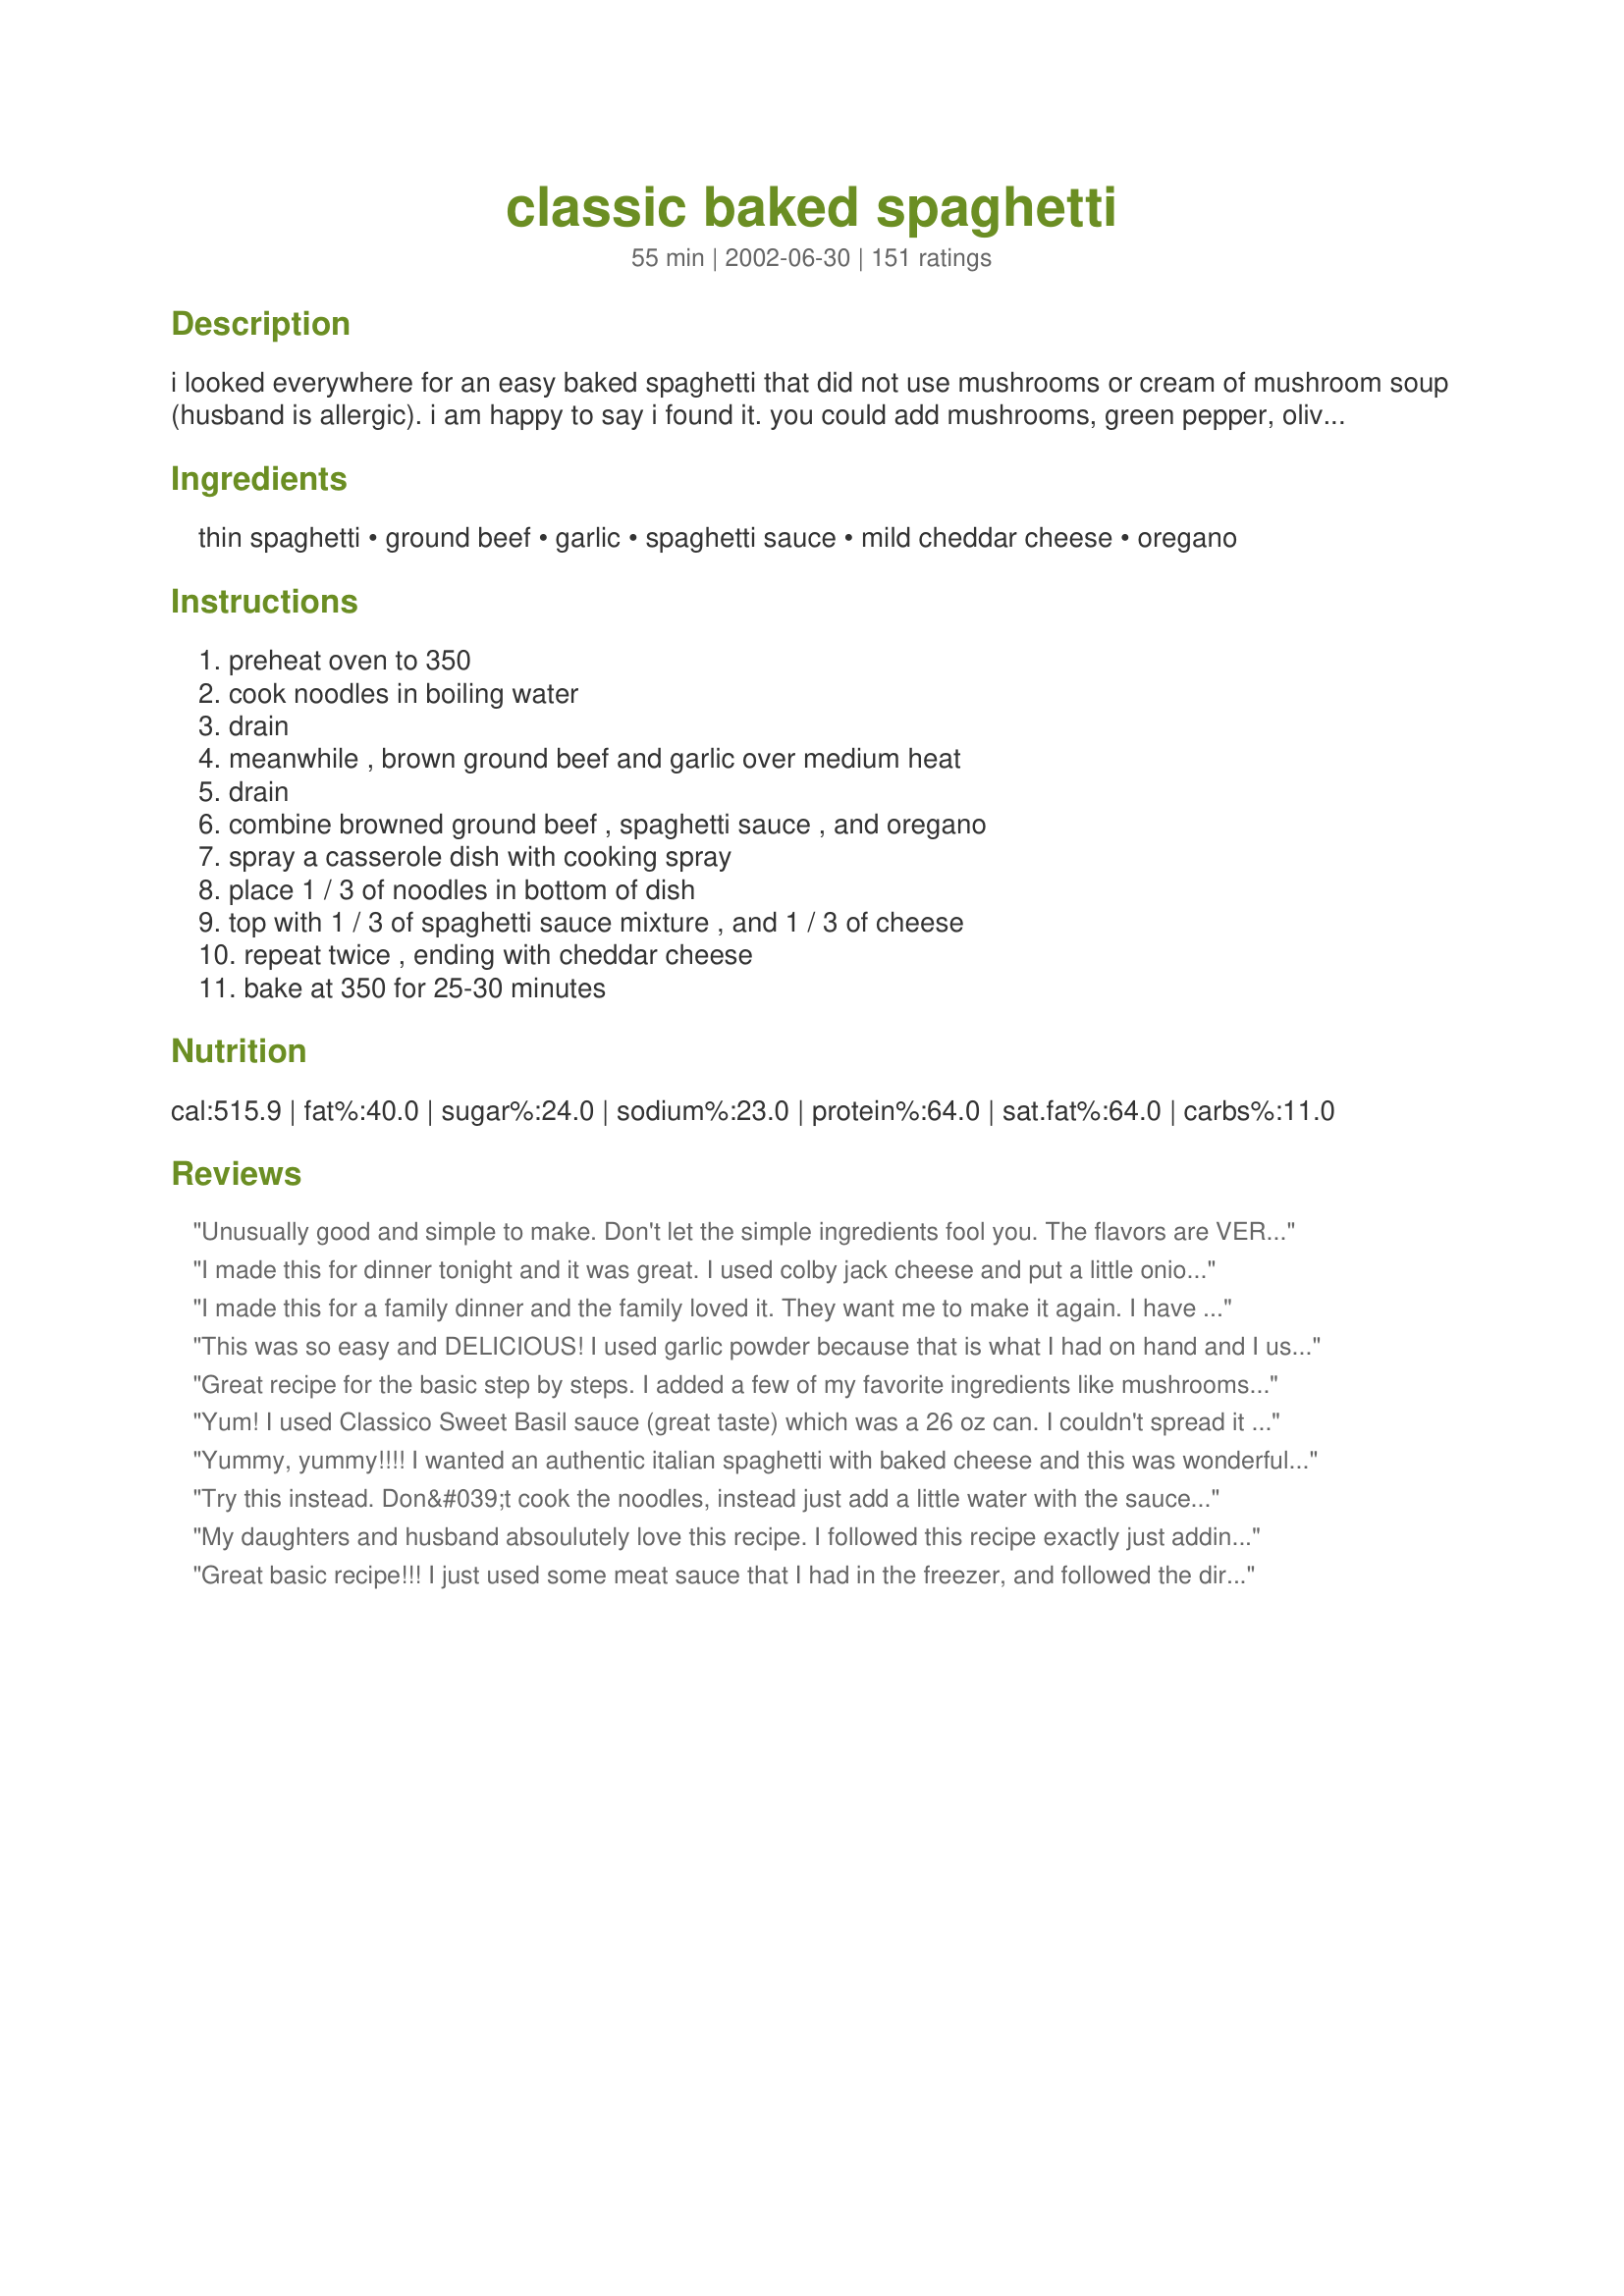
classic baked spaghetti
Preparation time: 55 minutes

i looked everywhere for an easy baked spaghetti that did not use mushrooms or cream of mushroom soup (husband is allergic). i am happy to say i found it. you could add mushrooms, green pepper, olives, etc. to this dish for added variety, but i like it just the way it is! this makes a great family meal...just add a tossed salad and some garlic bread, and dinner is ready in about an hour.

Ingredients:
thin spaghetti, ground beef, garlic, spaghetti sauce, mild cheddar cheese, oregano

Steps:
preheat oven to 350, cook noodles in boiling water, drain, meanwhile , brown ground beef and garlic over medium heat, drain, combine browned ground beef , spaghetti sauce , and oregano, spray a casserole dish with cooking spray, place 1 / 3 of noodles in bottom of dish, top with 1 / 3 of spaghetti sauce mixture , and 1 / 3 of cheese, repeat twice , ending with cheddar cheese, bake at 350 for 25-30 minutes

Reviews:
Unusually good and simple to make. Don't let the simple ingredients fool you. The flavors are VERY satisfying, tasting much like a spaghetti with flavors that have married overnight. (You know spaghetti and lasagna always taste better the next day?) This is it without the wait! It must have something to do with the oven heat releasing moisture and the noodles soaking up the sauces. Follow directions and you will end up with a perfect batch of baked spaghetti, not too dry or too saucy. The next day however I noticed all the sauce is soaked up by the noodles. We enjoyed it all the same because we had a lovely tasty spaghetti pie that we cut into wedges. I think you can use discretion as to what cheeses you use. I happened to have velveeta. This is a great simple recipe. I promise! For the record I used Ragu traditional sauce, velveeta cheese (I know, but it was all I had!), and ground sirloin.
I made this for dinner tonight and it was great. I used colby jack cheese and put a little onion powder in hamburger meat. My Dh and I both thought it was worth 5 stars. Definately a keeper.
I made this for a family dinner and the family loved it. They want me to make it again. I have never made baked spaghetti and i found that this was easy.
This was so easy and DELICIOUS! I used garlic powder because that is what I had on hand and I used an italian 6 cheese blend and it was just FABULOUS!
Great recipe for the basic step by steps. I added a few of my favorite ingredients like mushrooms, a side of spinach, just a dash here or there. Thanks!
Yum! I used Classico Sweet Basil sauce (great taste) which was a 26 oz can. I couldn't spread it out enough all over the pasta. But when I ate it, it was the right amount of pasta/sauce/cheese. Thanks for the recipe!
Yummy, yummy!!!! I wanted an authentic italian spaghetti with baked cheese and this was wonderful...not too saucy, can vary the cheese to your favorite kind. I added some thick pepperoni also. GREAT. Served with jumbo shrimp parmesan #42169 by Marie and it was a supper dinner. Thank you!!!
Try this instead. Don&#039;t cook the noodles, instead just add a little water with the sauce each layer. Just add about 15-20 minutes to the time in the oven. If you boil the noodles, then cook them in the oven, you are over cooking the pasta and it will be bland. To spice it up, use ground pork sausage (hot or mild) instead of hamburger meat. The sauce is key too. Be sure to get something with a little pizzazz to it. Use some thyme and other Italian herbs as well as Italian cheese, in addition to the cheddar. If you have time, cook it low and slow (325 for an hour, instead of 350 for 40-45 minutes) Guarantee you will like these additions/changes to the recipe to make people rave about this dish in the future!
My daughters and husband absoulutely love this recipe. I followed this recipe exactly just adding extra cheese.

I also made it in advance and kept it in the fridge and then popped it in the oven. 

Thank you!!!!
Great basic recipe!!! I just used some meat sauce that I had in the freezer, and followed the directions from there...mmmmm good!!!
This is a very, very, good dish. My entire family enjoyed it. As I am not a fan of oregano, I substituted it with Italian seasoning. I will definitely make this dish again. Thanks, Angela, for sharing this recipe.
This is much closer to the classic recipe than any recipe with mushroom soup. I popped up the seasoning with Italian seasoning and red pepper flakes as well I tossed the spaghetti with about a 1/4 cup olive oil in which I had infused about 6 cloves garlic over very low heat and also used baby mozzarella balls to add nuggets of chewy cheese to the casserole.
Had everything I need at home to make this. Family loved it & had seconds. They have already been asking for it again. Served with salad & rolls. Great results for only having six pantry items. Thank you Angela.
Can I use mozzarella cheese? And add meatballs?
Absolutely delicious. It was easy, simple, fast and it didn't hold back on flavor a bit! The whole family loved it :) Thank you for sharing!
A very easy recipe to prepare and tasted good. Not sure what I was expecting, but didn't seem to have quite enough umph for us. Still a good base and a change of pace from regular spaghetti.

Thanks for posting!
Grat recipe! Thank you
We had this for dinner tonight. I can say so many good things about this recipe. I made it exactly as written, didn't change or add a thing. It was so easy to put together. The flavor was how spaghetti tastes the next day which is always better than the day you make it. I love this recipe and will make it often. Thanks, :)
This would get five stars for just the ease in which it comes together. Then the taste is super! I love that it did not take a lot of ricotta and did not add mushrooms (I would not mind but the kids detest them). I used a bit of cheddar and a bit of mozzerella as that is what I had on hand. Thanks for making my weeknight meal a breeze to put on the table. :)
Very good! Added extra garlic and extra cheese (used mozzarella). Heats up well. Definitely a keeper!!
This is pretty much the recipe that I make. The only thing I do different is I use mozzerella cheese on top.

i've never added the garlic or oregano before....but im going to have to now!!
So easy to make, with common ingredients. I didn't really know how cheddar would work with the other ingredients, but it turns out great. My entire family enjoyed it. Thanks for sharing!
I made this tinight for dinner. It was great! I only used a 1/2 lb. of ground beef and used cheddar and mozzarella. Other than those two changes, I made it exactly as posted. Both my ultra-picky 6 year old and my eat everything 3 year old snarfled it down and asked for more! This one is a definite keeper! Thanks! :)
Easy to make. I added some chopped broccoli, zucchini and onion to the boiling water also. I also added salt, pepper and turmeric. Liked by all, so that the whole 1-1/2 batch disappeared between 4 people! I think 1 batch (8 oz noodles) would not be enough for a family of 4. Only if not real hungry. :)
Thank you for sharing this recipe. I love the good-for-you spices that are in this dish. I do not cook with soups and my DH hates mushrooms, so this was perfect. I used 1/4 tsp. garlic powder as I didn't have any garlic on hand. I also added 1 TBS sugar to the sauce at DH's request. (I may add more sauce or less spaghetti next time.) I put it in the frig in the morning and baked it for our evening meal. Everything turned out very well. Thanks again. PS. Even better the next day...
use prego, you&#039;ll get a better result.
WOW!! This was delicious and quick! I followed the recipe exactly w/ a sprinkle of seasoning salt, but I dont think it wasn't necessary. I've made baked spaghetti before but the layereing effect like lasagna is a great idea. I will most def. be making this one again. Thanks AngelaTN. Yummm! :p
OMG was this ever Delicious!!!! I did not have oregano or cheddar cheese so I substituted italian seasonings and italian blend cheese, swiss cheese. tasted like a cross between spaghetti and lasagna!!! The flavors really seal in with oven cooking.
Looking for a recipe that was fast and easy for Basic Baked spaghetti and found it. I didn't want to use canned soup. This was good. I agree with another poster that it needs more sauce otherwise delicious. I made this twice. Once with ground beef and once with ground turkey and both were tasty. The dish depends on layering the cheese and also keeping it moist and saucy. I added another 12 ounces of sauce to it and it made a big difference. For those who need more seasoning add it. You can sub in Italian seasoning for the oregano to have other flavors and move it to One TABLESPOON as another poster suggested as well. Otherwise it is an easy, kid pleaser that takes minutes to make. Thanks for sharing AngelaTN! Enjoy ChefDLH
I have never before rated a recipe, but this one was so easy and so delicious. I had all the ingredients, and was looking for a comfort food for my husband who just had braces put on and is in quite a bit of pain. It was the first meal he had for over 4 days and he loved it. I will definitely make this again for kids, grandkids and also when a quick meal is needed for a neighbor in need. What a delight.
Was browsing the web, in hopes of refreshing my memory for the recipe, and this was the most similar..I use all things above, in addition to ricotta cheese in the layers. Also, I add a bit of salt and a bit of sugar(to cut that acidic taste)..It&#039;s MUY PERFECTO!
This was a wonderful alternative to classic Wednesday night spaghetti with meat sauce. My teenage son asked if we could have it again for dinner the next day! Added 2 things. While browning the meat and garlic, I added and sauteed an onion. Instead of Mild Cheddar, I used Colby and Monterey Jack because that's what I had :) Made with garlic bread. Delicious! Thanks, AngelaTN for posting!!!
Very good and simple. You can add whatever you like and spice it up to your liking. I added onions and olives to mine, topped it off with parm and pepperjack since I ran out of cheddar. I also used whole wheat spaghetti and 7% fat lean ground beef and my own healthy sauce. Very delicious, thanks!
Super easy to make. I even used leftover, frozen spaghetti. I added some onion and bell pepper to the ground beef as I like the flavor. Very good with very few ingredients.
Good; the only thing I want to note is that 1 tablespoon of oregano would have been WAAAY too much. As it was, I put in 1 tsp and I thought there was too much of an oregano flavor.
This is fantastic! Had this last night and it was so easy to throw together. Made no changes and am glad because it is a very tasty recipe as is!!
It was so simple to make and it turned out so delicious. My family thoroughly enjoyed it.
Very Very Good. I also used Mozzarella Cheese with the Cheddar Cheese. Freezes very well. Easy to make and tastes wonderful.Thank You Hugs
Thank you AngelaTN for this basic recipe for Baked Spaghetti. I just needed some inspiration and you gave that to me. I didnt make this exactly as written as I didnt have mild cheddar cheese on hand instead I used all Mozzerella otherwise it was all the same with the exception of me adding what I like in it (Onions, green bell peppers, sliced mini bella mushrooms) and I also added fresh parsley and a pinch of cayenne and red pepper flakes to it. It gave it just enough spice to flavor it but not so much so that it was hot :) Thank you so much for inspiring the end result of what I was looking for. I did also make this with the French Bread recipe#81211 and the garlic cheese spread from recipe#18914. They all were a perfect combination.
My husband and I loved this recipe! The only thing that I am going to change is adding more sauce. Everything else was perfect!
Pretty good recipe. I used fat free mozzerella and chicken to make it a delicious, healthy bake.
This is a very good, standard recipe. I used turkey sausage in place of the ground beef and sprinkled italian seasoning into the cooked sausage and over the top of the casserole before the final layer of cheese. I also saved time by combining the sauce with the cooked pasta and assembling the dish in two layers: pasta/sauce first, cheese, pasta/sauce, cheese; it worked great!
Angela this was an YUM, YUM, YUMMY recipe. It is a great springboard to create a pie of your choice. I used ground beef, italian turkey sausage, and turkey pepperoni as my meat. I added more garlic, onion, green pepper, mushrooms, garlic and herb seasoning, and cumin to the ground beef and sausage as it browned. I had homemade leftover sauce in the freezer. The cheeses I used were parmesan, Cheddar and a Mesxican blend. We LOVED this recipe!!! It was easy to put together and less fuss of a lasagna. This is a definite keeper.
This is very good. I made it without meat and it turned out great. I actually just did sauce, noodles, and cheese, with no extra spices. So, my review may not reflect what it would have been if I had made this to a T. But, I loved the simplicity, and baking the spaghetti really helped with the flavor. And, who knew cheddar cheese would be so delicious with spaghetti!? I froze half of this, and look forward to eating it again!
So Simple and SO good! Basically the same ingredients I had been using in my baked spaghetti recipe, but the difference was the layering. Who'd have known that layering, as opposed to mixing it all up, would make SUCH a difference! The only recipe I'll use from now on. Did I mention QUICK?!
I made this for dinner tonight. I added some other seasonings to it. I also used mozzarella and parmigiana cheese instead of cheddar, also I used extra cheese because my husband and I like things cheeses. This was quick and simple meal that turned out great! I&#039;ll definitely be making it again!
I liked this recipe. However, it did not stand as "stiff" as I would have liked. Maybe I should have left it in the oven longer?
What else can I say, this is now a new favorite meal for my family; 12 thumbs up all around the table. I followed the recipe as written except that I used a colby-jack cheese combination with terrific results. I doubled the recipe so I could freeze some for DH and DD's lunches. I would imagine that adding green bell peppers, onions and/or mushrooms could be tasty additions to this flavorful dish. Thanks AngelaTN for sharing your awesome recipe with all your Zaar pals.
I can't add anything different to all of the reviews this recipe has. It is a basic spaghetti dish and basically delicious!
All I could say was Wow! This is absolutely delicious! I had eaten baked spaghetti a few times but this is the best. Double plus for being so easy. The only thing I did differently was that I used Italian shredded cheese instead of cheddar. My son who is 3 doesn't like spaghetti because of the tomato sauce, but since it had the crusted cheese on top, he devoured it. Thank you so much for posting!
Super easy dish to make! I added a few things to it, because I like lots of veggies in my spaghetti. I added capers, fresh herbs (oregano, basil and rosemary), and zucchini cut into small chunks. It didn't take long at all to put together, and everyone loved it! I'm sure I will be making this again very soon!
LOVED this spaghetti! So darn easy but packed with a lot of flavor. I had to dblcheck the recipe three times to make sure it was in fact an entire tablespoon of oregano (just seemed like an awful lot), but that's what it said so that's what I put in! And I'm glad I did. It gave it a really great flavor. A few minor changes: I inadvertantly used angel hair but it turned out fine. I also used a sauce with lots of chunky garden veggies in it that perked it up a bit. Also used ground turkey since that's all I had, but I can never tell the difference anyway. This is a really great recipe!!
Great quick and easy meal. The whole family loved it!
Very tasty! Sort of a spaghetti lasagna. Instead of just oregano, I used Italian seasoning blend and I used shredded Italian cheese blend (5- or 6-cheese blend by Kraft). DH, DS, and I really enjoyed it (and DH is not a pasta lover!). Next time I may add some green pepper or mushrooms.
Made this tonight and found it to be very good. I used mozzarella and some feta and it was very tasty! My whole family loved it and wants to make this a frequent dinner in our house!
This is the only way I make spaghetti now. I really love adding cumin and chili powder to the sauce to give it a "southwestern" flavor. Also like using a cheddar-jack mix.
very good
i added tons of garlic and onions, otherwise my husband wouldnt touch it. <br/>so yummy, so easy----wonderful!!
This was easy and had great taste!!! Thanks
This was wonderful!! I made this with ground turkey meat. I also used whole wheat spaghetti I added more garlic, seasoned salt, and oregano to the meat. We have 1/2 of a pan still left after 5 people eating! My whole family enjoyed this so I definatley will make this again! Thanks for a keeper!
We ate this up quickly. Great comfort food that was a snap to assemble. Maybe I will add some veggies the next time I make this, but we loved its simplicity. I did use whole wheat spaghetti and extra lean ground beef.
I used ground Turkey instead of beef and seasoned the meat with minced garlic and McCormick Seasoning.
All else the same and it was an awesome lunch all week for the family.
This was very good. It takes on a whole different flavor from being baked. We are not big spaghetti fans but loved it cooked this way. I baked it at 400 for 15 and then added 1/3 of the cheese on top and baked 5 more min. as for the cheese to not get too crispy. Served with garlic bread and corn. Will be making this again. Thanks for the inexpensive & easy recipe!
This was very tasty! The only thing I think I will do different next time is add more cheese in the middle and maybe some mozzarella. Also, I added garlic salt and a little bit of onion powder and actual cut white onions. Very good!
Not Impressed! I followed the Recipe to a tee and it's no different than eating regular old spaghetti.......just more work. You have to cook the noodles, sauce, meat and then cook it all again??? The only difference here was the melted cheese.
We really loved this recipe. Very simple ingredients, easy to make and tastes wonderful! I will make again and again, probably more then reg spaghetti. YUMM
my family loved this and it was so easy. thanks for a great meal!
My family is very picky and hard to please and this recipe was great! DH and both kids liked it and asked for seconds! It was easy and quick - can't beat that! I omitted the ground beef and used mozzarella and parmesan cheese instead of cheddar. I will make this again for sure!
This turned out yummy! I did add 1 bell pepper that I had on hand that needed to be used up. That was a very nice addition I think! And I also used Mozzarella instead of Cheddar as that was all I had. Great dinner! I'll make this again I'm sure!
This was delicious. My 12 yr old & I made it together. So simple yet so good. We did double it so DH and I could have leftovers. The kids loved it so much they had the remaining left overs for an after school snack. I used italian seasing in place of the oregano & only used half the amount called for. Also half mozarella and half cheddar. It was a wee wee bit dry but still very good. Thanks for posting.
I loved this dish! I only used about 1/4 cup of cheese total and subbed 14 oz of pasta for the recommended 8 oz. My family really enjoyed this too. Thank you!
Let me start by saying that my husband declared this one of the best pasta dishes he has ever eaten. He had two helpings, added some of the leftovers to his eggs in the morning (gross, I know), and took the last of the leftovers for lunch today. It was really a great meal, and I think the key is the spaghetti sauce. I used a homemade sauce that I threw together when I realized I didn't have any jarred sauce and I took the advice of other reviewers and added another 15 oz can of crushed tomatoes to the recipe. I also used turkey instead of beef and whole wheat spaghetti. I didn't have enough cheddar cheese for the whole casserole so I used a blend of cheddar, Italian blend and Parmesan. I also added some dehydrated onions when I cooked the turkey for some extra yum. I layered everything in my Pampered Chef deep covered baker, baked for 15 minutes covered and 15 minutes uncovered. The result was a perfectly cooked casserole that I could eat once a week. Thank you for posting such a great recipe that is so easily adapted! We will make this one quite often.
Super easy and delicious. Even better for leftovers! I used a jellyroll size baking dish and doubled the recipe. I seasoned the beef with garlic, oregano, and I added onion powder, black pepper and basil for more flavor. I used Prego Tradional sauce and the Bistro chesse blend with mild and sharp cheddar. I also grated fresh parmasean on the top with more fresh basil. Serve with a salad and some garlic bread and it's a great home cooked meal.
Really good recipe. I doubled the ground beef, garlic and pasta and added around 8 additional ounces of pasta sauce (I used Prego tradtional), and this turned out mighty fine. Reminded me a lot of the spaghetti my grandmother used to make in fact. Thanks for the recipe, Angela. Really enjoyed it! I'll be making this one again.
I've made several backed spaghettis before but never with cheddar cheese. I have to admit I wasn't a fan of the cheddar cheese. It tasted oily when I didn't even use oil or butter to cook the beef. Overall I was disappointed. :(
This is great. I made this one evening when DH and I were the only ones home. We both thought it was good and commented on the fact this is a repeater. Then the next day when kids got home they all had some and couldn't stop talking about it. Well, in my books, that definetaly makes for a 5 * recipe. Thank you for posting.
This was real good. Kids gobbled it up in no time. I used jarred sauce and next time will use my own to make it more flavorful. Simple to prepare and feeds a crowd!
I score this recipe high because its easy on the cook and great for the kids! As suggested, I made a tossed salad & garlic bread for sides. The meal left me lots of quality time to spend with my grandchildren. Thanx Angela!
I posted one time but didn't see it so here I am again. This is a very good recipe. I prepared everything , then waited to cook it later that night. It was sooo good. We had garlic bread on the side. From Bev
so good! always tastes better reheated!
We loved this so much we had it 3 times this month! Yummy, simple and quick to prepare.
Very good! Very delicious!
I am so glad I found this recipe as I was also looking for a baked spaghetti recipe that did not include the cream of mushroom soup or mushrooms. This is so classic and delicious. My whole family loved it and kept saying how good it was. I did use mozzarella cheese in place of the cheddar because it was all I had at the time. I will try it again soon with the cheddar! Thanks so much for posting this! It is fantastic.
Add me to the list of people who loved this recipe. The whole family loved it and that is the main thing in my home. Thanks for posting a recipe I will be preparing often
I have made this quite a few times now. I had a girl spend the night with my daughter who claimed she didn't like spaghetti and had two servings. This is a great dish and I love that it is so simple.
Enjoyed making this recipe and my family loved it. It is definitely a keeper.
Wonderful baked spaghetti recipe!! Quick and easy...adding to my favorites. Thanks!
Love this simple, easy and straight forward recipe. I had everything on hand as well which is always nice. I also added a can of sliced mushrooms but other than that, stayed true to the recipe. I did not cover it at all while baking it, and it turned out just perfect.
This was so yummy and SO easy! I made it exactly as directed and thought it was great. DH gave it 4 stars and suggested adding grated parmasan on the top next time - which there definitely will be a next time as I plan to make this again and again! =) Thanks for a keeper!
I had made up a huge batch of spaghetti sauce with ground beef and Italian sausage in it (recipe #22782). Because there was a couple of pasta dishes that I wanted to try that called for 28 oz. spaghetti sauce, I pre-weighed them and placed them in medium zip lock bags. This recipe was fast, easy, delicious... and very flexable. I used a mix of cheddar and parmesan...but next time I plan on using fresh mozarella. As there was meat in my speghetti sauce, I omitted the ground beef. The only caution I have is that the pasta retains it's heat so leave it on the counter for 5 - 8 minutes, to cool down somewhat. I love recipes that come together beautifully and this is one of them!
Easy and delicious.
I can't believe I haven't reviewed this yet! This is such a great dish. It's almost as easy as boiling noodles and putting sauce on them but it's so tasty. I make it just as written. By putting frozen ground beef in the 'fridge the day before I can cook it while the noodles cook without having to defrost. DH has requested that this replace regular spaghetti and my DD loves it too! This is a keeper and will be on the list of standby's forever.
I made this dish and it was very easy. I did change it up a bit. I used canned spaghetti sauce and added a bit of sugar, oregano, garlic powder, onion powder, Italian seasoning, and crushed red pepper. I used all of those spices (except the sugar) when browning the meat. Also, I didn't have much shredded cheddar but I had shredded mozzarella and sliced mozzarella. The recipe calls for creating three layers and I only had enough sauce to make two. I used the the shredded mozzarella and a bit of shredded cheddar between the two layers and a little bit on top. On top though I covered it with sliced mozzarella. Everything turned out great. The one recommendation that I have it to include more sauce. I would be inclined to use at minimum 10 more ounces if not the full can. When I reheated the left overs I made more sauce and covered it in the sauce before microwaving each plate. Turned out EXCELLENT!!!
VERY easy and tastes great! Exactly what I was looking for. My family requests this at least once a week! I do use a mixture of mozzarella, shredded parm, and cheddar cheeses though.
I tend to add extra cheese on top and Italian seasoning in place of the oregano, otherwise I make this recipe as written and it comes out delicious every time! Thanks for a simple change up to a regular spaghetti dinner.
Quick, easy, and delicious! My boyfriend and I really enjoyed it. Thanks so much for posting this recipe.
Used ground turkey. Also used Italian seasoning instead of oregano. Everybody loved it.
Great simple recipe for when you want a change from the normal way of making spaghetti. Thanks for posting! I added a little bit of monterey and mozzerella cheese. It made it even cheesier :-)
This is my husband's favorite meal! I've never baked my spaghetti. I doubled the recipe because we had guests over. I used ground turkey instead of beef, we like to eat as healthy as possible. Thanks for adding this!!! It was sooo easy!
Yeay! I recipe that we all like! Thank you! I don't know why, but the baking of the whole thing adds more than just melted cheese. In the future I will make ahead and bake the night of. I added sauteed onions, a jar of prego (full serving of veggies) and whole wheat pasta. Next time, I'll also add minced garlic as well. I also used mexi cheese, because my cheddar expired. Thanks!!
I was looking for a simple baked spaghetti recipe, and this is it! Thank you! definately a keeper!
Have to give it a 5 for simplicity and speed. I had everything in the house, which gets it bonus points. I used mozzarella cheese and whole wheat pasta. A great way to hide the whole wheat pasta -- no one will ever expect it is there!
This was pretty good but I think it could get better. I like to use ground sausage instead of ground beef. It gives it a really good flavor. I also added some italian seasoning and a pinch of sugar. I will make this again.
Yum
Hi my name is Marilyn Schick and I love your baked spaghetti Recipe and I will make this for my family and friends
Family loved your version just as printed !
My picky eaters were very skeptical of this dish - but all just loved it. I used Italian seasoning instead of oregano, as 1 reviewer suggested, and Emeril's Kicked-Up Tomato Sauce because I like things spicier. Big hit with the teenagers too!
Wow! My husband and I really enjoyed this. I used Easy, Speedy Spaghetti Sauce, and put some onion in to brown with the ground beef. What's not to love about some noodles with cheese. Thanks for an easy and tasty meal!
This was very good but I made some changes to suit my family. I used my own tomato/meat sauce and I used whole wheat spaghetti. I used old cheddar because we love it and I used some sauce to cover the bottom of my dish before I started the layers. I cooked it covered until the last 10 minutes of cooking time and let it rest for 5-7 minutes before serving. I used your method and ingredients as a springboard to make this a recipe that will be made time and time again!
I'm so sorry to give a low review, but we found this very bland and tasteless, despite the fact that we love all the ingredients.
I am not a big fan of spaghetti which now I know is because I have never had it like this!! This was so good and everybody loved this. I can not wait to make again. Thanks!!
This was pretty good, and it was surprisingly easy to make. But I just don't think it's quite worth all the guilt of just how unhealthy it is (and I'm not even a health-nut). I, personally, am probably going to just stick with regular spaghetti and pass on the two cups of cheese.
We are spaghettiaholics at my house. My family loves it when I just warm up sauce out of a jar and boil some noodles. This was absolute heaven!! my whole family gobbled it up and my husband said this is the way I have to cook spaghetti from now on. I did use 1/2 mild and 1/2 sharp cheddar b/c we like cheese w/a bite to it.
Perfect! This is one of the few recipes that required zero changes to be excellent. I almost always alter something but this is perfect. The amount of sauce, seasonings, garlic, spaghetti... all perfect. Did I mention this is 100% delicious and easy to put together?! If you can boil water, you can do this. We'll have this often.
This is a great way to make a quick and delicious supper...I also added some chopped onion to the ground beef, but omitted the garlic as I was using Emeril's Roasted Garlic sauce...super easy and super yummy!
Yum! My entire family (5 kids) ate this without one single complaint.
Super easy and such a great alternative to the same old spaghetti dinner!!
Delicious!! Especially coming from a person who doesn't like spaghetti! I told my DH if we could have spaghetti like this all them time I would eat it. YUM! The changes I made were I left out the oregano. I tasted the sauce and felt it really didn't need it. I also added Mozzerella cheese along with the cheddar cheese. Then I topped it off with a few slices of pepperoni. DS thought it was a pizza! I got him to eat this and that's all that matters. He wanted something different when he asked what we were having. He asked when I make this again if I could leave out the ground beef. He was picking that out. So next time I will try this without the ground beef but topped with the pepperoni just for him. This is a great recipe thanks for sharing. I know my family loved it!!
As simple as this is, with as few ingredients that it has, one could think that this might not be that great. That would be wrong! My family and I really liked this allot. I fixed it as written and it was really good. I can see that there could be allot of room for creativity if you wanted to add a few ingredients but it certainly doesnâ€™t need anything. Thanks


A little extra effort added to an everyday dish really pays off. Baking the ingredients together really meld the flavors nicely. Thanks, AngelaTN!
We make this dish every couple of months. Anytime there's a hole in the weekly menu this is what's requested! I try to use any cheeses we have on hand: pecorino romano, parmesan, cheddar, mozzarella, gorgongola, really anything! It's such a versatile and satisfying recipe!
I was truly surprised at how tasted this was - and why does it taste that much different than standard spaghetti? Oh well, it's good and SO easy! Next time will cut back on the oregano - just personal preference.
So good.
I thought I would try something new tonight instead of the some spaghetti I usually make. This is a keeper for sure! I used ground turkey (I usually do) and it turned out great! It was so easy too!
Very simple, yet tasty meal. I made this casserole at the beginning of the week, and reheated for dinner later. I might add more seasonings however or maybe change the spaghetti sauce I used. Will make again! Thanks AngelaTN!
I just made this, on the sly while the rest of my family is out, and couldn&#039;t resist eating some. YUM!!!! I LOVE anything (except mac &amp; cheese) that has pasta. Very good, very easy, and next time I&#039;m going to add more sauce and garlic. We like garlic at my house. Hoping my fam likes it as much as I do!
This was a good basic recipe. I followed the recipe as written other then I used cheddar and mozz cheese. We thought it could have used more seasonings. This was a great weeknight meal that heated up nicely for my lunches.
A We had this with some garlic bread.
I was skeptical when I saw that this was with cheddar and not parmasean. Boy was I WRONG!!! The family devouered this and I had no leftovers for work tomorrow. It was really good!!! I used fresh cut spagetti rather than the hard kind in a box and it turned out wonderful. Even baby sophia loved it (1 yr old). Great dish that I will be making on a regular basis.
It tasted sooo good and my family loved this new style on spaghetti! Thanks for an outstanding recipe.
This is basically how I do my baked spaghetti. Depending on the sauce you use, this may need some seasoning up, but it's good. I also prefer to use mozzarella with spaghetti dishes!
It was pretty good. Very simple and easy. Next time I will use more sauce as it was a little dry for me and I also like my spaghetti more saucy. Thank you!
This recipe was very easy to make. The only thing I did different was add mozzarella cheese instead of cheddar. My husband told me today that now when I make spaghetti, use this recipe!
I just had to add to the list of reviews that this is such an easy and delicious recipe. There are so many variations that would be great, but just as is was wonderful. I did cover mine while baking as I thought it may be too dry if I didn't. Thanks for posting.
just as good, if not better than regular spaghetti.
Excellent! I've made it several times and now use 1/2 ground beef, 1/2 loose Italian sausage for a little extra kick. It's a new family fave. Thanks for posting.
Excellent. I did about 1 1/2 the recipe and it filled up a 9x13 pan. Didn't change a thing and my family *loved* it.
My husband polished off this recipe in record time and asked me to make another. Surprising how great this recipe is considering it sounds like basic spaghetti. Best spaghetti I've ever had!
Very simple and very good. I made this in an 11x7 pan. I didn't have 2 cups of cheese in the house but it still worked out ok. I just mixed all the spaghetti with all the beef/sauce mixture, tucked a little cheese halfway down, and then put the rest of the cheese on top. It would probably be even better with more cheese, as I love cheese!
I think this is the best baked spaghetti recipe I have tried...will throw out the other recipes and stick to this one...
Had everything in the house to make this!!! Only thing I changed was to add a medium chopped onion... One Tablespoon of Oregano was perfect!!! Thank You... P.S. Opps forgot something... I made this in a 9 x9&quot; casserole dish and only layered it twice, 1/2 spaghetti/1/2 sauce/1/2 cheese, Repeat... Served with Salad and Crusty Bread... Plus a Little Extra Sauce on the Side... The husband loved it and had lots of leftovers...
Basically the same recipe I use except I add a little vegetable oil to the bottom of the pan so that it "fries" on the bottom and gets all crispy and yummy.
This is delicious! Friends made this for us after we had our first child. We devoured it! Now I make it for our family, and my parents make it, too. I followed the directions exactly!
Delicious recipe!
I used Prego Three Cheese spaghetti sauce and a shredded blend of 4 cheeses. We love parmesan cheese so used some for the topping. 
While browning the beef, added a bit of onion, dried parsley and basil along with the garlic and oregano. Will be using your recipe again and again! This is great reheated, too! Thanks,AngelaTN! M.Joan 

Great, my family loves it.
Wow! I absolutely am hooked. I wanted a recipe that didn't have mushrooms as well and this was the blue ribbon winner for me and my DH. He had never has baked spaghetti before. We are both hooked. The only changes I made were instead of using oregano I used Italion Seasoning. I also used casserole cheese ( a blend of 4 cheeses) insteaad of chedder. I prefer Ragu Old World Style. It is the best for picky eaters like my son.
I really like this recipe. I didn't have any mild cheddar cheese so I used mozzarella. I also used a spicy homemade spaghetti sauce. It is going in my file of favorites and next time I'm trying the cheddar.
I made this for bingo this week and it was well received by all, though no one was really WoW'd by it. Some stated it was good. The only changes I made was to use Italian Seasoning in place of the oregano (I used 1 T. instead of 1 tsp. because I doubled the recipe), and used Cheddar cheese for the layers and Mozzarella cheese on top. I made it with whole wheat pasta and canned Hunt's spaghetti sauce with no added sugar. I am sure it would be much better with homemade pasta sauce, but this worked for a quick throw together casserole. Thank you for sharing your recipe with us Angela. I am sure I will make it again sometime with my homemade sauce. Linda
I made this but added some green pepper. A very easy meal to prepare and delicious.

Thank you.
Everyone loved it - a quick and simple meal for a weeknight. I used mozzarella cheese since that's what I had on hand.
This is Awesome! Exactly like they used to make it at school! Prep took about 25 min but I was slow and distracted on the phone. I put all the ingredients in the casserole dish hot from the stove and after 20 min. at 350 that baby was done. I could have easily made a salad/bread in that amount of time and the spaghetti would have been ready right when I was done, but instead I took the time to clean my kitchen and spent the rest of the night relaxing!
